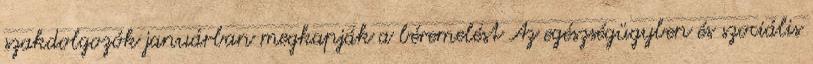
szakdolgozók januárban megkapják a béremelést Az egészségügyben és szociális